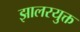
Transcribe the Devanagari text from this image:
झालरयुक्त